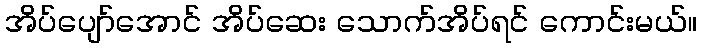
အိပ်ပျော်အောင် အိပ်ဆေး သောက်အိပ်ရင် ကောင်းမယ်။